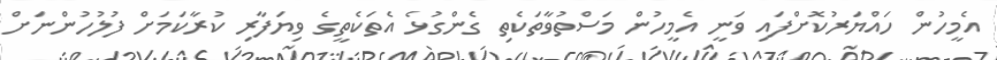
އެމީހުން ހައްޔަރުކޮށްފައި ވަނީ އެމީހުން މަސްތުވާތަކެތި ގެންގުޅެ އެތަކެތީގެ ވިޔަފާރި ކުރާކަމަށް ފުލުހުންނަށް